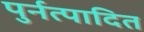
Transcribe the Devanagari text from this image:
पुर्नत्पादित